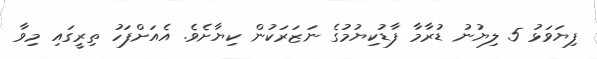
ފިޔަވަޅު 5 ލިޔުނު ޑުރާމާ ފާޑުކިޔުމުގެ ނަޒަރަކުން ކިޔާށެވެ. އެއަށްފަހު ތިރީގައި މިވާ